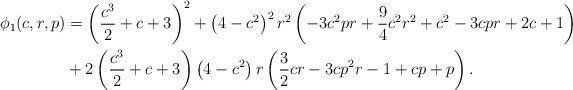
LaTeX: \begin{align*}\phi_1(c,r,p) &= \left(\frac{c^3}{2}+c+3\right)^2+\left(4-c^2\right)^2 r^2 \left(-3 c^2 p r+\frac{9}{4}c^2 r^2+c^2-3 c p r+2 c+1\right)\\ &+2 \left(\frac{c^3}{2}+c+3\right) \left(4-c^2\right) r \left(\frac{3}{2}c r-3 c p^2r-1+c p+p\right).\end{align*}